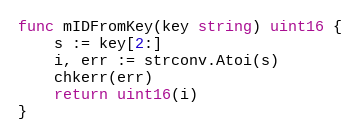
Language: Go
func mIDFromKey(key string) uint16 {
	s := key[2:]
	i, err := strconv.Atoi(s)
	chkerr(err)
	return uint16(i)
}